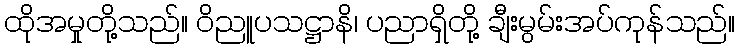
ထိုအမှုတို့သည်။ ဝိညူပသဋ္ဌာနိ၊ ပညာရှိတို့ ချီးမွမ်းအပ်ကုန်သည်။